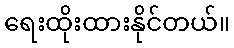
ရေးထိုးထားနိုင်တယ်။